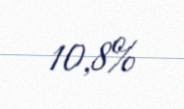
10,8%